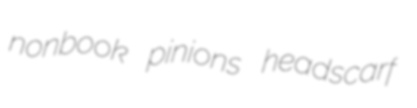
nonbook pinions headscarf